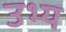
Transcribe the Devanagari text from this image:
उभ्य